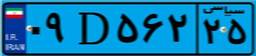
۸۵D۵۹۲۹۲